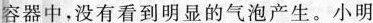
容器中，没有看到明显的气泡产生。小明